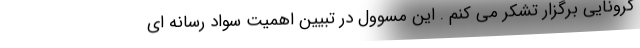
کرونایی برگزار تشکر می کنم . این مسوول در تبیین اهمیت سواد رسانه ای